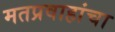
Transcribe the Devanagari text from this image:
मतप्रवाहांचा